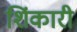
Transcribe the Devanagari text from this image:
शिंकारी